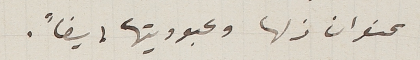
عنوان زلها وعبوديتها ايضاً.